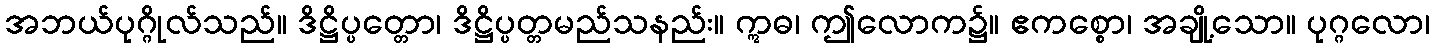
အဘယ်ပုဂ္ဂိုလ်သည်။ ဒိဋ္ဌိပ္ပတ္တော၊ ဒိဋ္ဌိပ္ပတ္တမည်သနည်း။ ဣဓ၊ ဤလောက၌။ ဧကစ္စော၊ အချို့သော။ ပုဂ္ဂလော၊